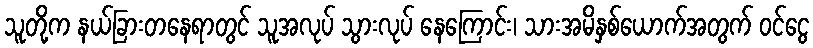
သူတို့က နယ်ခြားတနေရာတွင် သူအလုပ် သွားလုပ် နေကြောင်း၊ သားအမိနှစ်ယောက်အတွက် ဝင်ငွေ